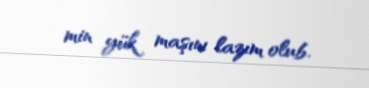
min yük maşını lazım olub.